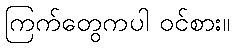
ကြက်တွေကပါ ဝင်စား။